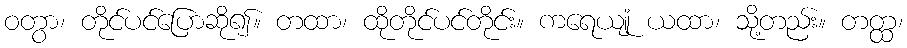
ဝတွာ၊ တိုင်ပင်ပြောဆို၍။ တထာ၊ ထိုတိုင်ပင်တိုင်း။ ကရေယျုံ ယထာ၊ သို့တည်း။ တတ္ထ၊